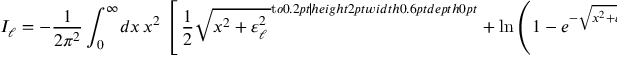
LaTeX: I _ { \ell } = - { \frac { 1 } { 2 \pi ^ { 2 } } } \int _ { 0 } ^ { \infty } \! d x \, x ^ { 2 } \, \left[ \, { \frac { 1 } { 2 } } \sqrt { { x ^ { 2 } + \varepsilon _ { \ell } ^ { 2 } } \, } ^ { \mathrm { t } o 0 . 2 p t { \hss \vrule h e i g h t 2 p t w i d t h 0 . 6 p t d e p t h 0 p t } \; \! } + \ln \left( 1 - e ^ { - \sqrt { { x ^ { 2 } + \varepsilon _ { \ell } ^ { 2 } } \, } ^ { \mathrm { t } o 0 . 2 p t { \hss \vrule h e i g h t 2 p t w i d t h 0 . 6 p t d e p t h 0 p t } \; \! } } \right) \, \right] \, \quad , \quad \varepsilon _ { \ell } \equiv \beta m _ { \ell } \; \; . \; \;